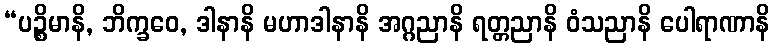
“ပဉ္စိမာနိ, ဘိက္ခဝေ, ဒါနာနိ မဟာဒါနာနိ အဂ္ဂညာနိ ရတ္တညာနိ ဝံသညာနိ ပေါရာဏာနိ